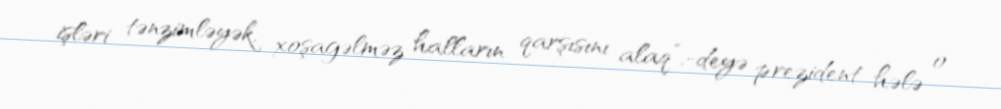
işləri tənzimləyək, xoşagəlməz halların qarşısını alaq”,-deyə prezident hələ o